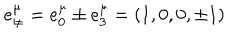
LaTeX: e _ { \pm } ^ { \mu } = e _ { 0 } ^ { \mu } \pm e _ { 3 } ^ { \mu } = \left( 1 , 0 , 0 , \pm 1 \right)